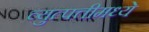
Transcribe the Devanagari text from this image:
व्युत्पत्तीमध्ये